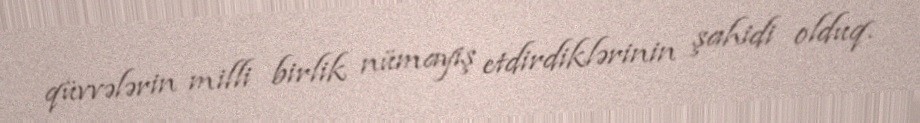
qüvvələrin milli birlik nümayiş etdirdiklərinin şahidi olduq.